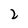
Character: 2